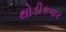
થોડીકવાર